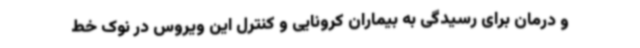
و درمان برای رسیدگی به بیماران کرونایی و کنترل این ویروس در نوک خط